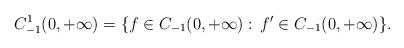
LaTeX: \begin{align*}C_{-1}^1(0,+\infty) = \{ f\in C_{-1}(0,+\infty):\, f^\prime \in C_{-1}(0,+\infty) \}.\end{align*}